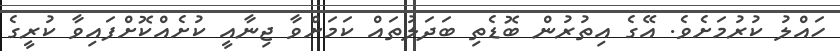
ހައްލު ކުރުމަށެވެ. އޭގެ އިތުރުން ބޮޑެތި ބަދަލުތައް ކަމަށްވާ ޖިނާއީ ކުށެއްކޮށްފައިވާ ކުރީގެ